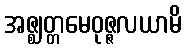
အဇ္ဈတ္တမေဝုဇ္ဇလယာမိ